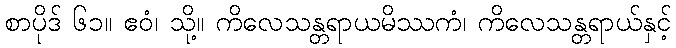
စာပိုဒ် ၆၁။ ဧဝံ၊ သို့။ ကိလေသန္တရာယမိဿကံ၊ ကိလေသန္တရာယ်နှင့်